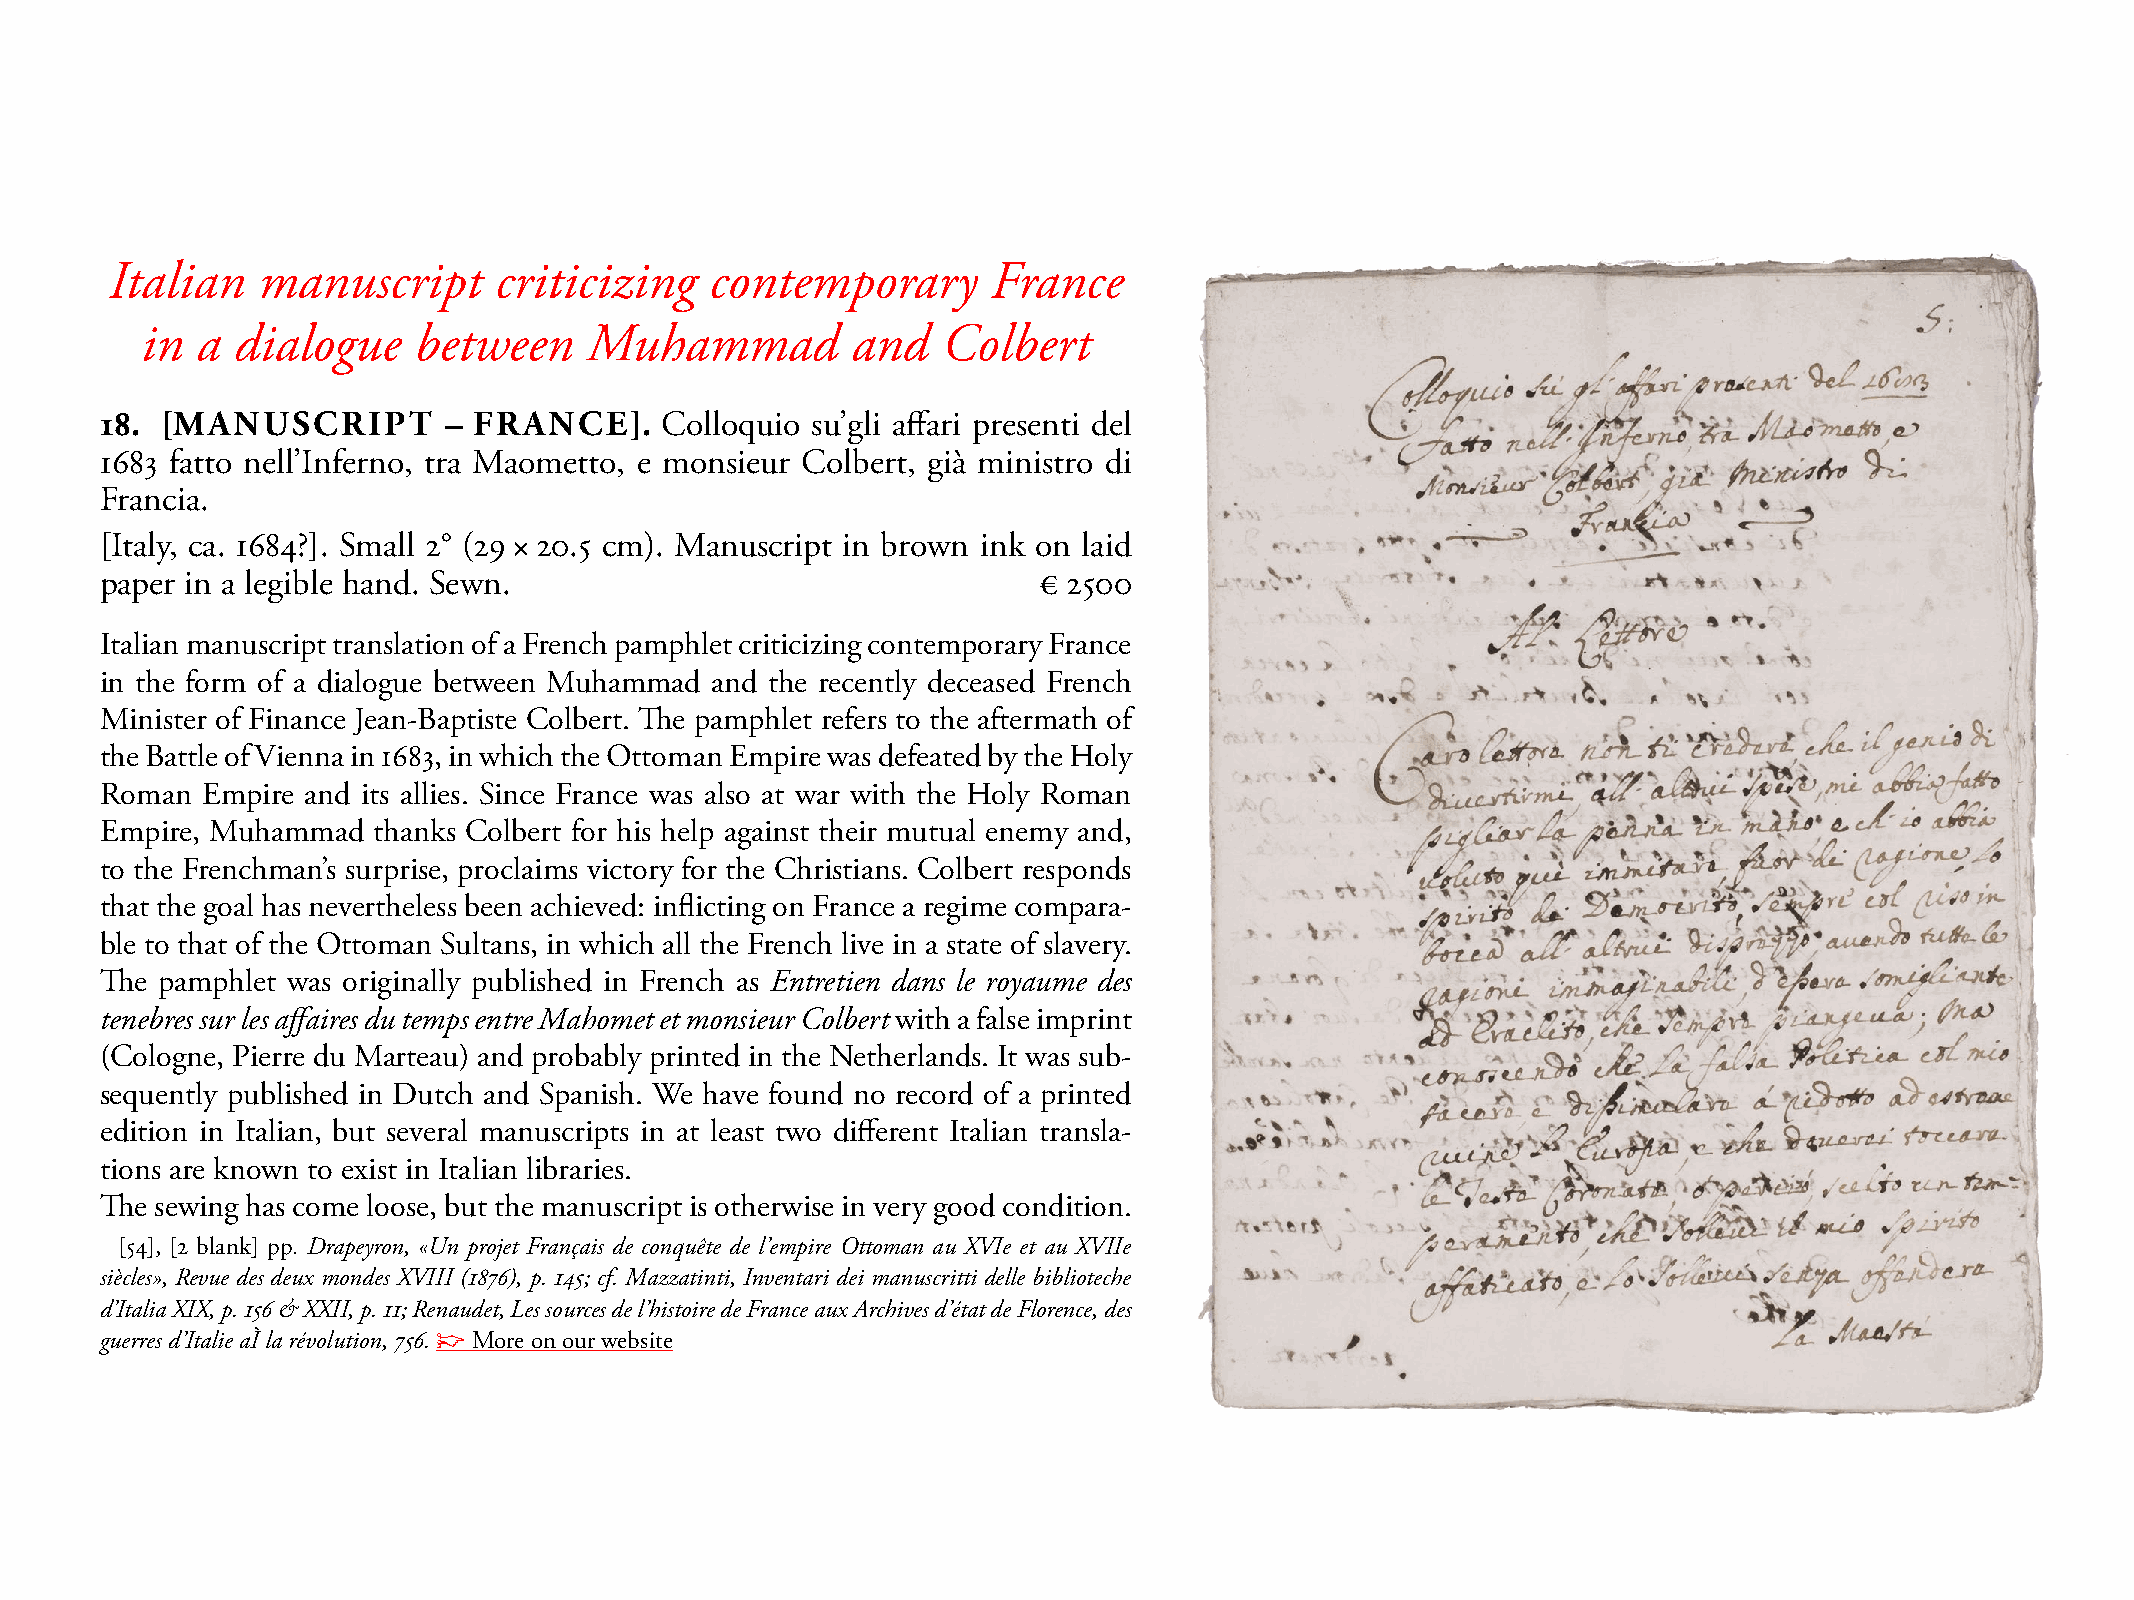
Italian   manuscript      criticizing   contemporary       France
 in  a  dialogue   between     Muhammad         and   Colbert
 18. [MANUSCRIPT       – FRANCE].     Colloquio su’gli affari presenti del
 1683 fatto nell’Inferno, tra maometto, e monsieur Colbert, già ministro di
 Francia.
 [Italy, ca. 1684?]. small 2° (29 × 20.5 cm). manuscript in brown ink on laid
 paper in a legible hand. sewn.                                € 2500
 Italian manuscript translation of a French pamphlet criticizing contemporary France
 in the form of a dialogue between muhammad and the recently deceased French
 minister of Finance Jean-Baptiste Colbert. The pamphlet refers to the aftermath of
 the Battle of Vienna in 1683, in which the Ottoman Empire was defeated by the Holy
 Roman Empire and its allies. since France was also at war with the Holy Roman
 Empire, muhammad  thanks Colbert for his help against their mutual enemy and,
 to the Frenchman’s surprise, proclaims victory for the Christians. Colbert responds
 that the goal has nevertheless been achieved: inflicting on France a regime compara-
 ble to that of the Ottoman sultans, in which all the French live in a state of slavery.
 The pamphlet was originally published in French as Entretien dans le royaume des
 tenebres sur les affaires du temps entre Mahomet et monsieur Colbert with a false imprint
 (Cologne, Pierre du marteau) and probably printed in the Netherlands. It was sub-
 sequently published in Dutch and spanish. We have found no record of a printed
 edition in Italian, but several manuscripts in at least two different Italian transla-
 tions are known to exist in Italian libraries.
 The sewing has come loose, but the manuscript is otherwise in very good condition.
 [54], [2 blank] pp. Drapeyron, «Un projet Français de conquête de l’empire Ottoman au XVIe et au XVIIe
 siècles», Revue des deux mondes XVIII (1876), p. 145; cf. Mazzatinti, Inventari dei manuscritti delle biblioteche
 d’Italia XIX, p. 156 & XXII, p. 11; Renaudet, Les sources de l’histoire de France aux Archives d’état de Florence, des
 guerres d’Italie aÌ la révolution, 756. ☞ more on our website